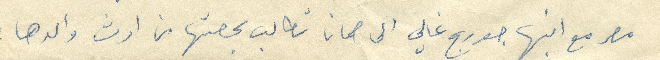
مصر مع ابنها جورج غالي الى حمانا تطالب بحصتها من ارض والدها: